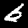
Label: 6